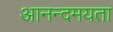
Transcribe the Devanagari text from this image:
आनन्दमयता